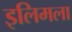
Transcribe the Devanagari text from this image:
इलिमला